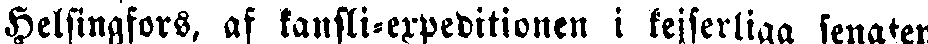
Helsingfors, af kansli-expeditionen i kejserliga senaten